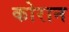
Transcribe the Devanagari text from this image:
कोरान